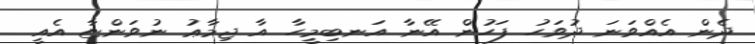
ދެން އެއްވަނަ ދުވަހު ފަހުން އޭނާ އަނބިމީހާ އާ ޖިމާޢު ނުވަންޏާ އެއީ